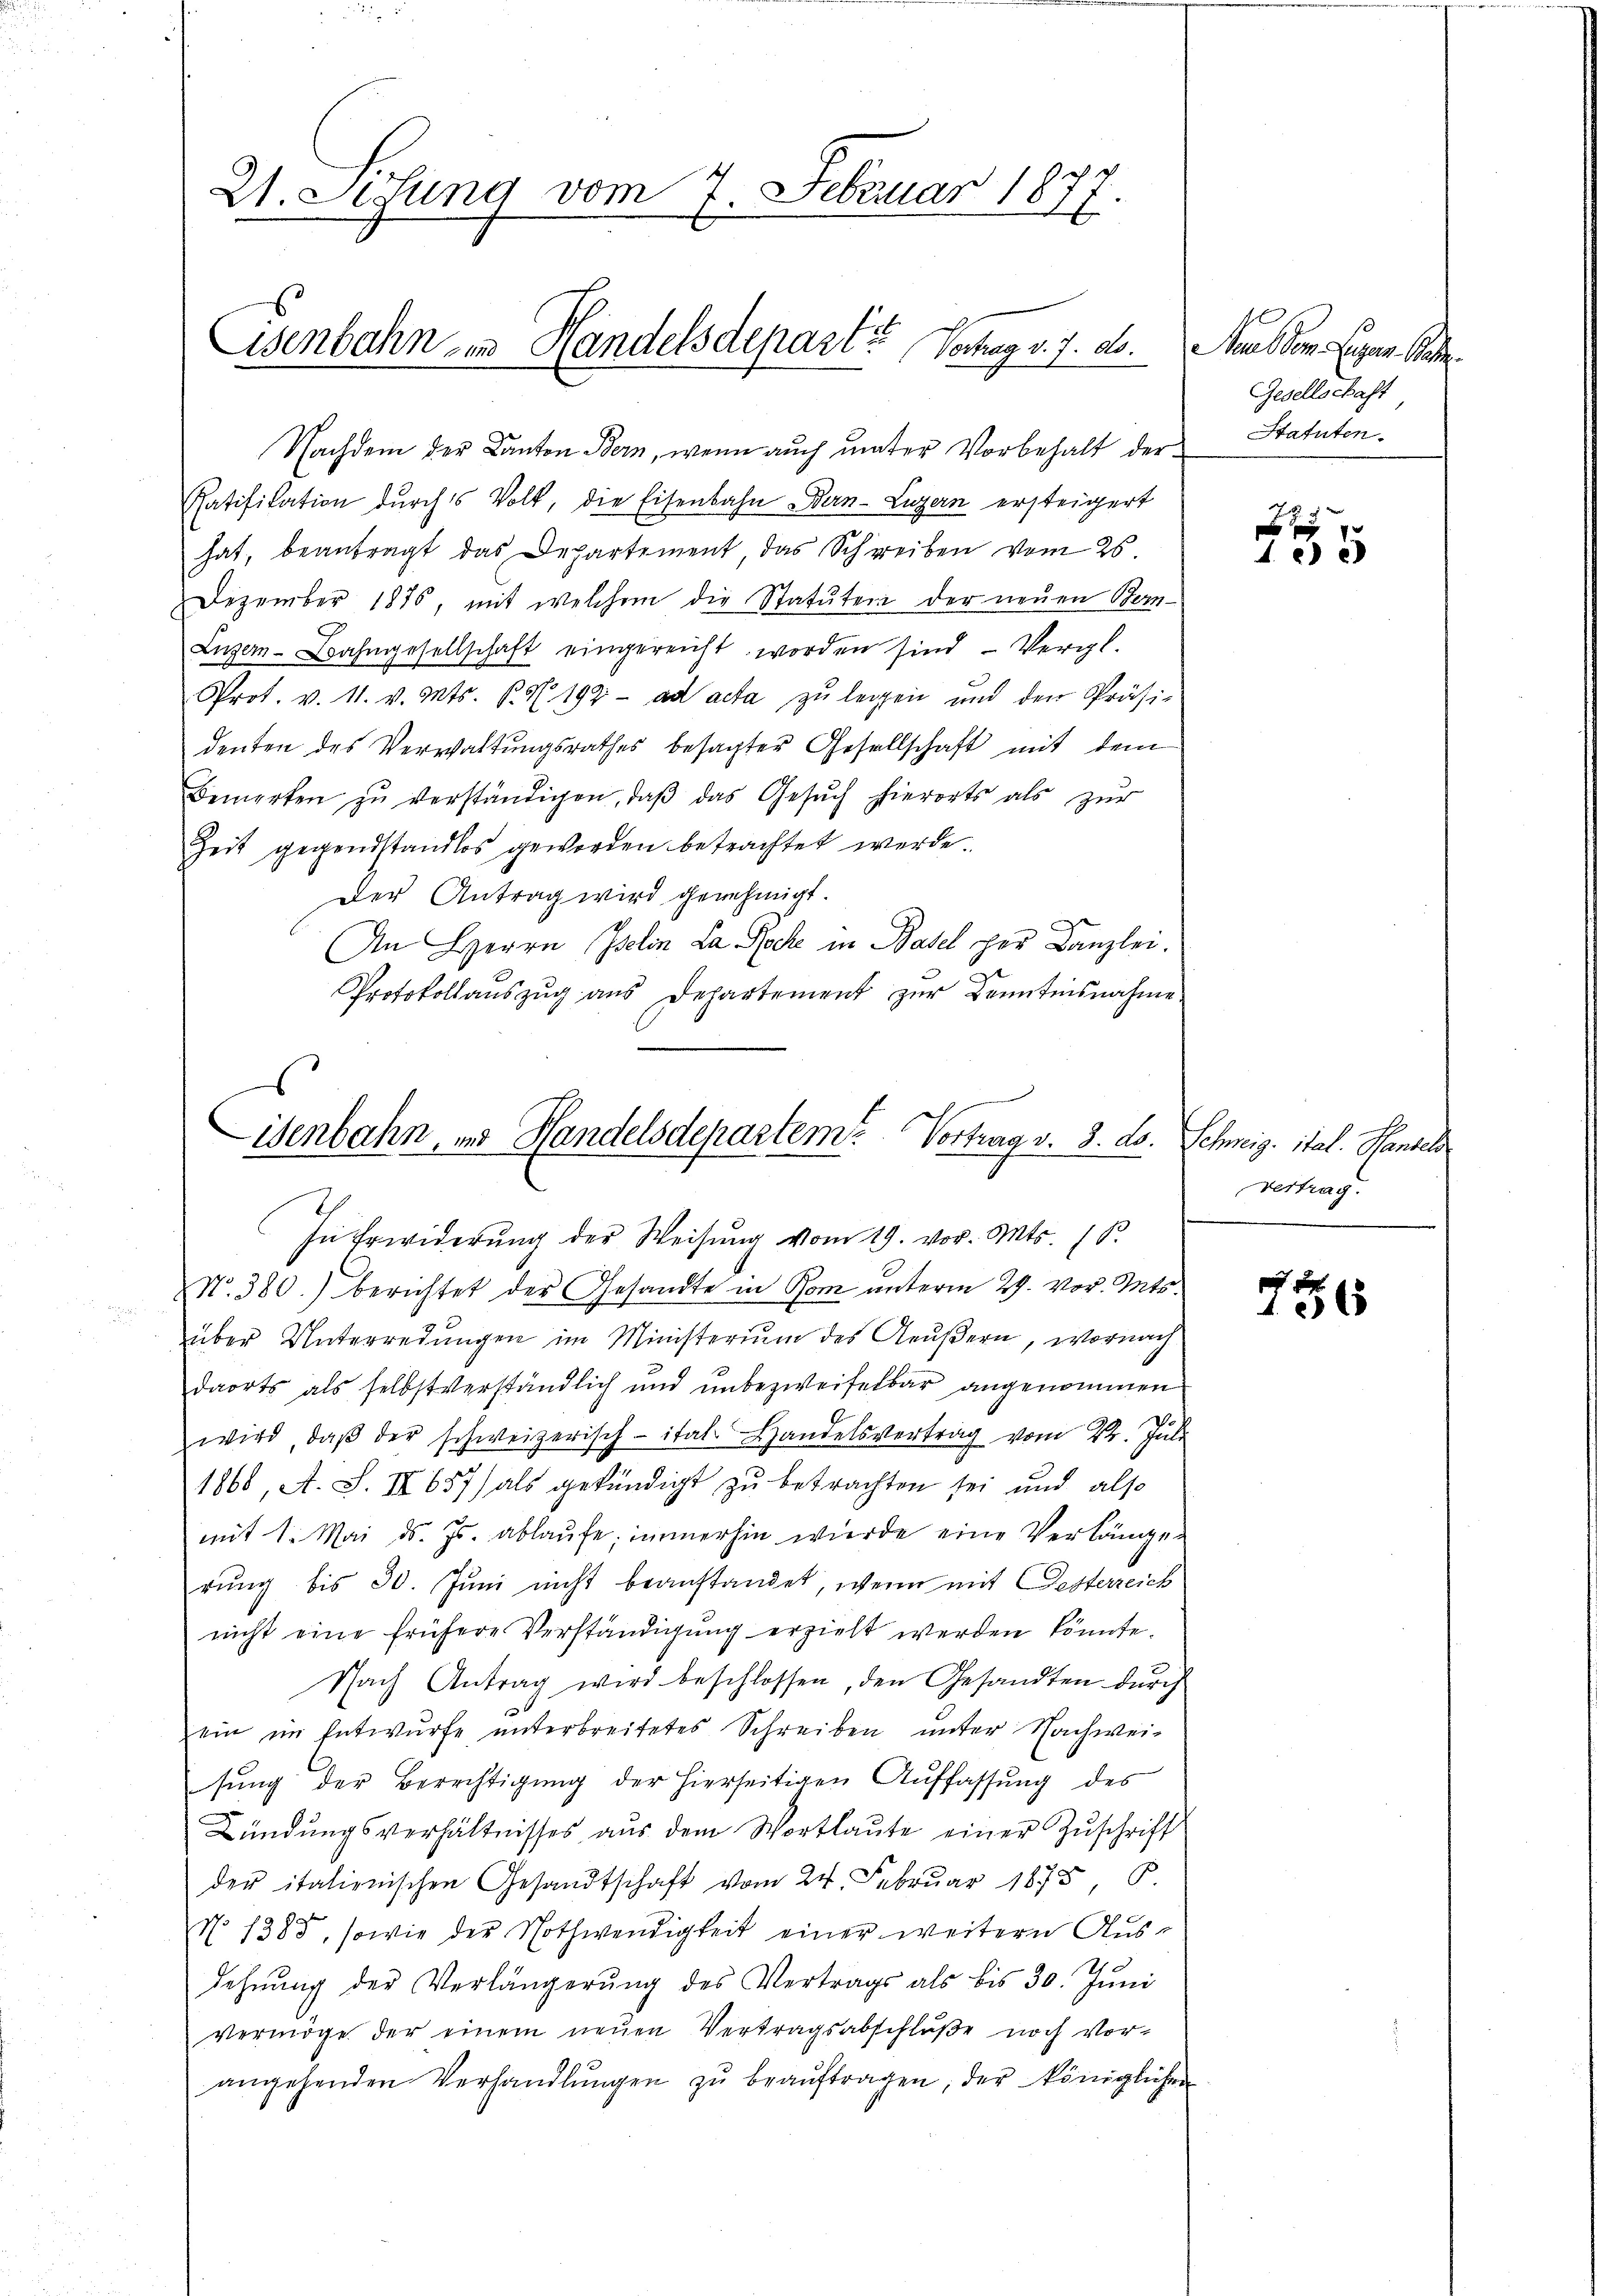
W.Sifung vom 7. Februar 1877

Nachdem der Kanton Bern, wenn auch unter Vorbehalt der Statuten.
Ratifikation durch Volk, die Eisenbahn Ban-Luzern ersteigert
hat, beantragt das Departement, das Schreiben vom 26.
Dezember 1876, mit welchem die Statuten der neuen Bern-
Lüger-Bahngesellschaft eingereicht worden sind - Vergl.
Prot. v. 11. v. Mts. Bd. 192. ad acta zu legen und der Präsidenten des Verwaltungsrathes besagter Gesellschaft mit dem
Bemerken zŭ verständigen, daβ das Gesŭch hierorts als zŭr
Zeit gegendstandlos geworden betrachtet werde.
Der Antrag wird genehmigt.
An Herrn Iselin La Roche in Basel per Kanzlei.
Protokollaŭszŭg aŭs Departement zŭr Kenntnisnahme.
No. 380.) berichtet der Gesandte in Rom unterm 29. vor. Mts.
über Unterredungen im Ministerium des Aeußern, wornach
daorts als selbstverständlich und unbezweifelbar angenommen
wird, daβ der schweizerisch-ital Handelsvertrag vom 22. Juli
1868, A. S. III 657) als gekündigt zu betrachten sei und also
mit 1. Mai d. Js. ablaŭfe; immerhin werde eine Verlängen
rŭng bis 30. Jŭni nicht beanstandet, wenn mit Oesterreich
nicht eine frühere Verständigŭng erzielt werden könnte.
Nach Antrag wird beschlossen, den Gesandten dŭrch
ein im Entwurfe unterbreitetes Schreiben unter Nachwei-
sung der Berechtigung der hierseitigen Auffassung des
Kündungsverhältnisses aus dem Wortlaute einer Zuschrift
der italienischen Gesandtschaft vom 24. Februar 1873 B.
No 1385, sowie der Nothwendigkeit einer weitern Aus-
dehnung der Verlängerung des Vertrags als bis 30. Juni
vermöge der einem neŭen Vertragsabschlŭβe noch Vor-
angehenden Verhandlŭngen zŭ beaŭftragen, der königlichen

Eisenbahn in Handelsdepart? Vortrag v. 7. ds. Staub vom Ligen Base

isenbahn, in Handelsdepartem Vortrag v. 8. ds. Schnig, ital. Handel
In Erwiderung der Weisung vom 19. vor. Mts. (S.

Gesellschaft

1

vertrag.

5